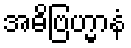
အဓိဗြဟ္မာနံ